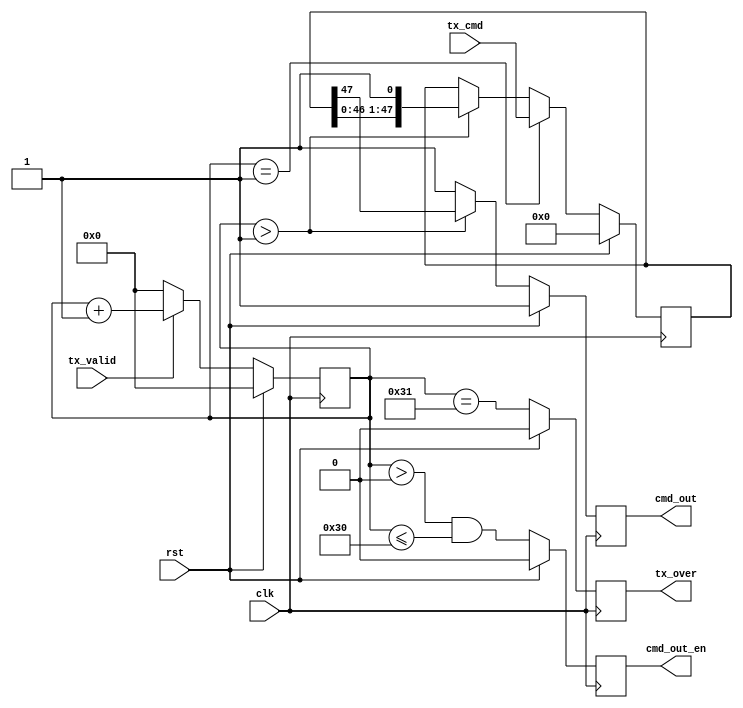
`timescale 1ns / 1ps
//////////////////////////////////////////////////////////////////////////////////
// Company: 
// Engineer: 
// 
// Design Name: 
// Module Name:    sd_cmd_tx 
// Project Name: 
// Target Devices: 
// Tool versions: 
// Description: 
//
// Dependencies: 
//
// Revision: 
// Revision 0.01 - File Created
// Additional Comments: 
//
//////////////////////////////////////////////////////////////////////////////////
module sd_cmd_tx(
			clk,
			rst,
			tx_valid,
			tx_cmd,
			cmd_out_en,
			cmd_out,
			tx_over
    );
input			 clk;
input			 rst;
input			 tx_valid;	// 
input [47:0] tx_cmd;
output		 cmd_out_en;
output		 cmd_out;
output		 tx_over;

	reg [5:0] cmd_cnt;
	
/* synthesis syn_keep = 1 */	reg [47:0] cmd_tmp;
	always @(posedge clk)
		if(rst)
			cmd_tmp <= 'd0;
		else if(cmd_cnt==6'd1) // tx_valid
			cmd_tmp <= tx_cmd;
		else if(cmd_cnt>6'd1)
			cmd_tmp <= {cmd_tmp[46:0],1'b1};			
			
	always @(posedge clk)
		if(rst)
			cmd_cnt <= 'd0;
		else if(tx_valid)
			cmd_cnt <= cmd_cnt + 1'b1;
		else
			cmd_cnt <= 'd0;
	
	
	reg  cmd_out_en;
	always @(posedge clk)
		if(rst)
			cmd_out_en <= 0;
		else
			cmd_out_en <= (cmd_cnt>6'd0 & cmd_cnt<=6'd48);
			
	
	reg  cmd_out;
	always @(posedge clk)
		if(rst)
			cmd_out <= 'd1;
		else if(cmd_cnt>6'd1)
			cmd_out <= cmd_tmp[47];
		else
			cmd_out <= 'd1;
	
	reg  tx_over;
	always @(posedge clk)
		if(rst)
			tx_over <= 'd0;
		else
			tx_over <= (cmd_cnt==6'd49);


endmodule